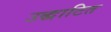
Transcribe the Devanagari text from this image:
उद्धाटित